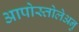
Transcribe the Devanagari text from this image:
आपोस्तोलेअनु